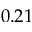
0 . 2 1